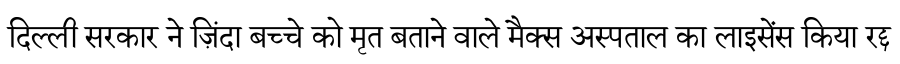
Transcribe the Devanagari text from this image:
दिल्ली सरकार ने ज़िंदा बच्चे को मृत बताने वाले मैक्स अस्पताल का लाइसेंस किया रद्द